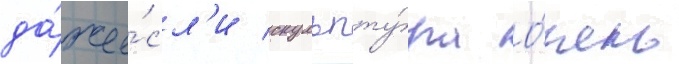
да́же е́сл'и скульпту́ра о́чень